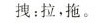
拽：拉，拖。